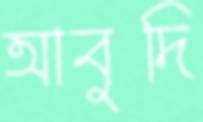
আবুদি